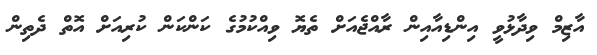
އާޒިމް ވިދާޅުވީ އިންޑިއާއިން ރާއްޖެއަށް ތެޔޮ ވިއްކުމުގެ ކަންކަން ކުރިއަށް އޮތް ދެތިން